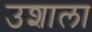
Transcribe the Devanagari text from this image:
उशाला